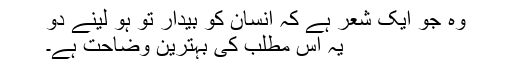
وہ جو ایک شعر ہے کہ انسان کو بیدار تو ہو لینے دو
یہ اس مطلب کی بہترین وضاحت ہے۔